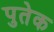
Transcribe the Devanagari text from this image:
पुतेक